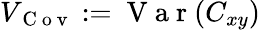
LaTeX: V_{\mathrm{~C~o~v~}}:=\mathrm{~V~a~r~}(C_{xy})